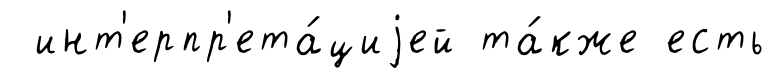
инт'ерпр'ета́циjей та́кже есть